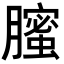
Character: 𦢉